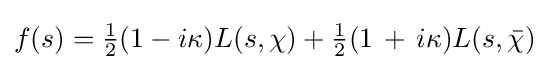
f(s)={\tfrac {1}{2}}(1-i\kappa )L(s,\chi )+{\tfrac {1}{2}}(1\,+\,i\kappa )L(s,{\bar {\chi }})